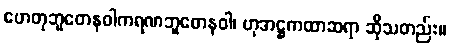
ဟေတုဘူတေနဝါကရဏဘူတေနဝါ၊ ဟုအဋ္ဌကထာဆရာ ဆိုသတည်း။